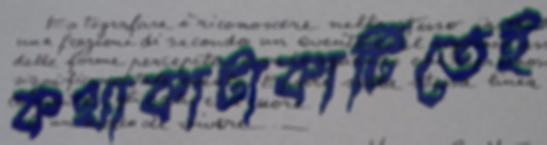
কথাকাটাকাটিতেই